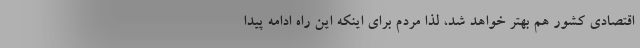
اقتصادی کشور هم بهتر خواهد شد، لذا مردم برای اینکه این راه ادامه پیدا